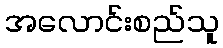
အလောင်းစည်သူ